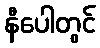
နီပေါတွင်